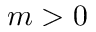
m > 0